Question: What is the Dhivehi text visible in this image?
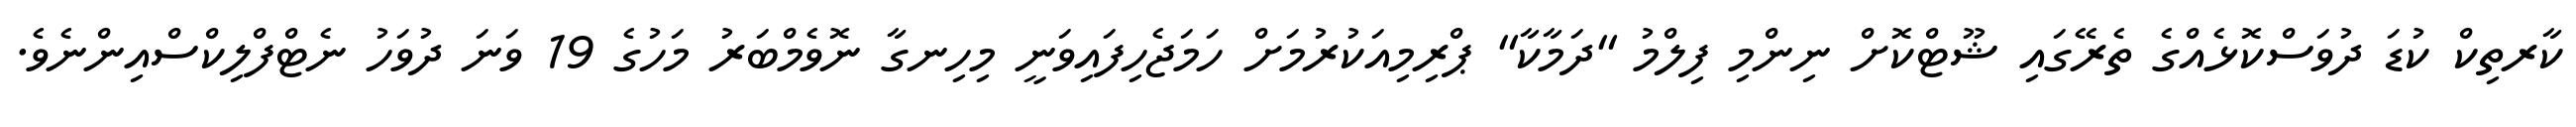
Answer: ކާރތިކް ކުޑަ ދުވަސްކޮޅެއްގެ ތެރޭގައި ޝޫޓްކޮށް ނިންމި ފިލްމު "ދަމާކާ" ޕްރިމިއަކުރުމަށް ހަމަޖެހިފައިވަނީ މިހިނގާ ނޮވެމްބަރު މަހުގެ 19 ވަނަ ދުވަހު ނެޓްފްލިކްސްއިންނެވެ.